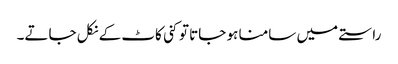
راستے میں سامنا ہو جاتا تو کنی کاٹ کے نکل جاتے۔